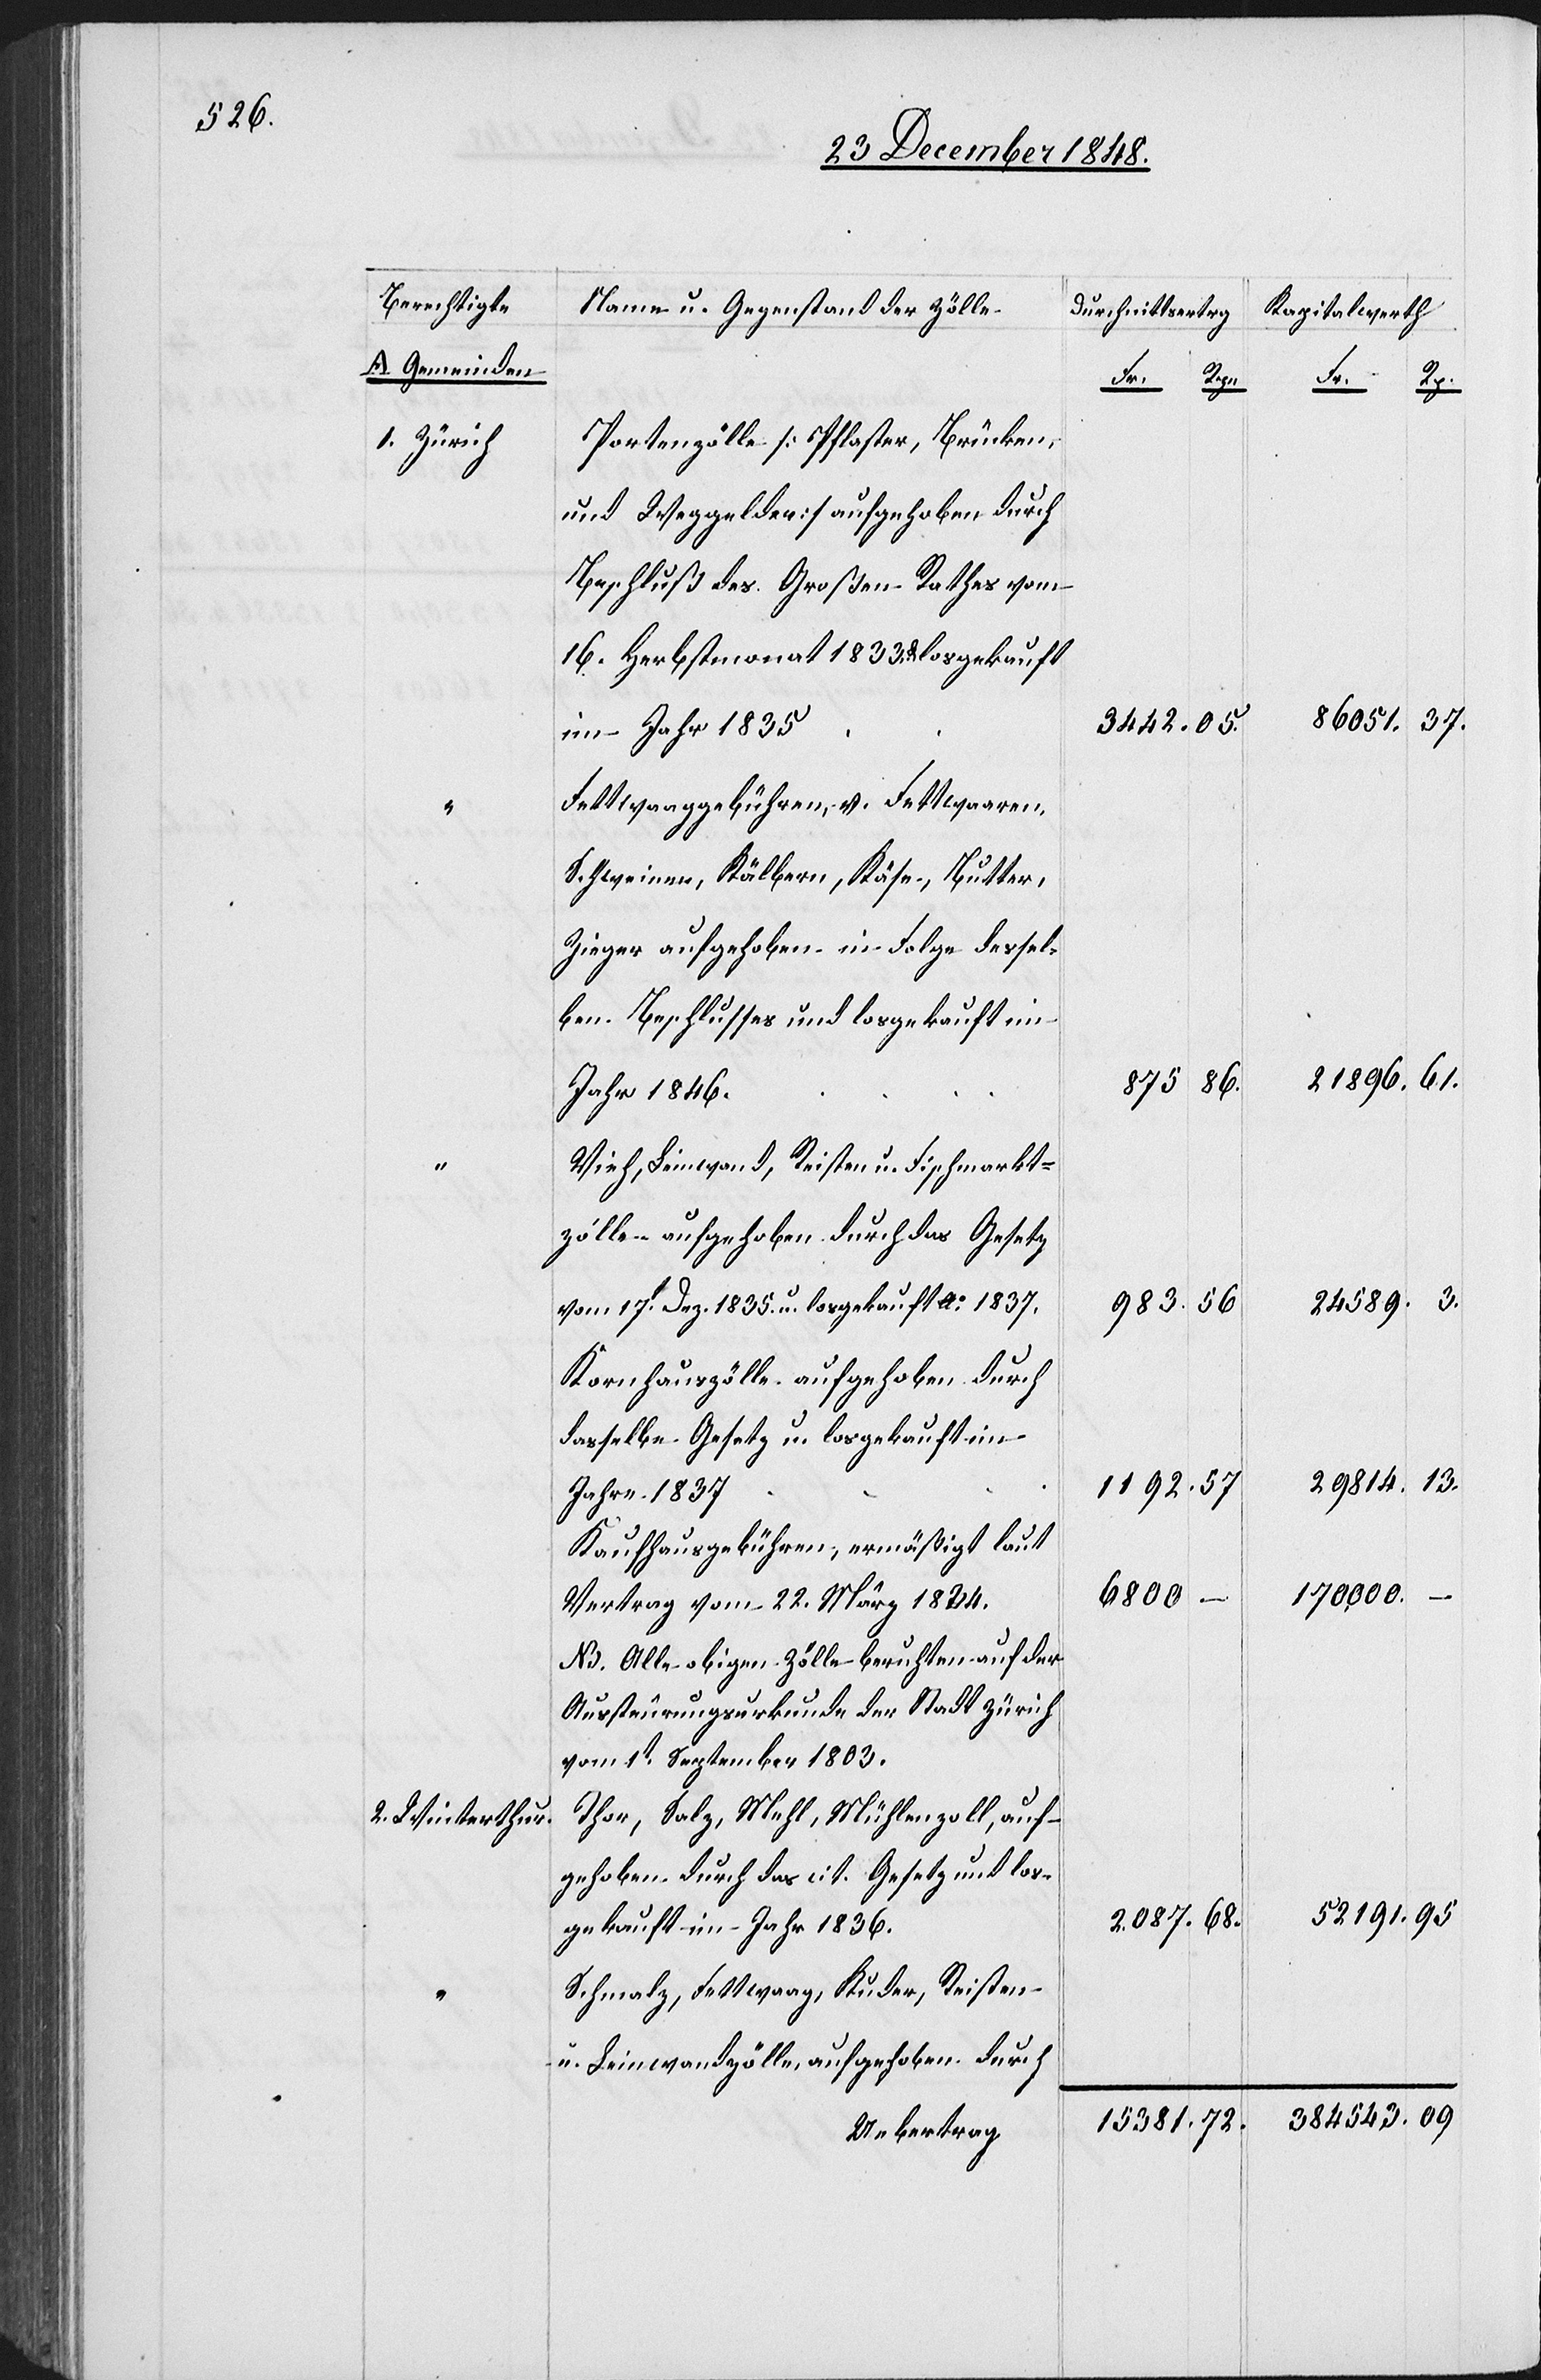
Berechtigte
A Gemeinden
1. Zürich
95
2. Winterthur.

Name u. Gegenstand der Zölle.
Durchschnittsertrag
Portenzölle [Pflaster, Brücken-
und Weggelder] aufgehoben durch
Beschluß des Großen Rathes vom
16. Herbstmonat 1838. & losgekauft
im Jahr 1835
Fettwaaggebühren, v. Fettwaaren,
Schweinen, Kälbern, Käse, Butter,
Zieger aufgehoben in Folge dessel¬
ben Beschlusses und losgekauft im
86.
875
Jahr 1846.
Vieh, Leinwand, Reisten u. Fischmarkt¬
zölle aufgehoben durch das Gesetz
56
983.
vom 17t Dez. 1835. u. losgekauft Ao 1837.
Kornhauszölle aufgehoben durch
dasselbe Gesetz u. losgekauft im
57
1192.
Jahre 1837.
Kaufhausgebühren, ermäßigt laut
–
6800
Vertrat vom 22. März 1834.
NB. Alle obigen Zölle beruhten auf der
Aussteurungsurkunde der Stadt Zürich
vom 1t September 1803.
Thor, Salz, Mehl, Mühlenzoll, auf¬
gehoben durch das cit. Gesetz und los¬
61.
2087.
gekauft im Jahr 1836.
Schmalz, Fettwaag, Kuder, Reisten
u. Leinwandzölle, aufgehoben durch
Uebertrag

Kapitalwerth
86 051.
21 896.
24 589.
29 814.
170 000.
52 191
384 543

15
381.

72.

13.

3442.

3.